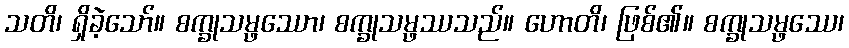
သတိ၊ ရှိခဲ့သော်။ စက္ခုသမ္ဖဿော၊ စက္ခုသမ္ဖဿသည်။ ဟောတိ၊ ဖြစ်၏။ စက္ခုသမ္ဖဿေ၊